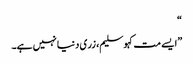
“
”ایسے مت کہو سلیم، زری دنیا نہیں ہے۔